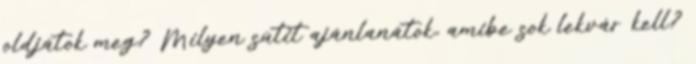
oldjátok meg? Milyen sütit ajánlanátok, amibe sok lekvár kell?